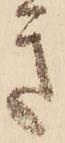
き